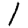
Digit: 1